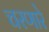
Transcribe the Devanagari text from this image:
चरणारे